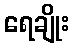
ရေချိုး